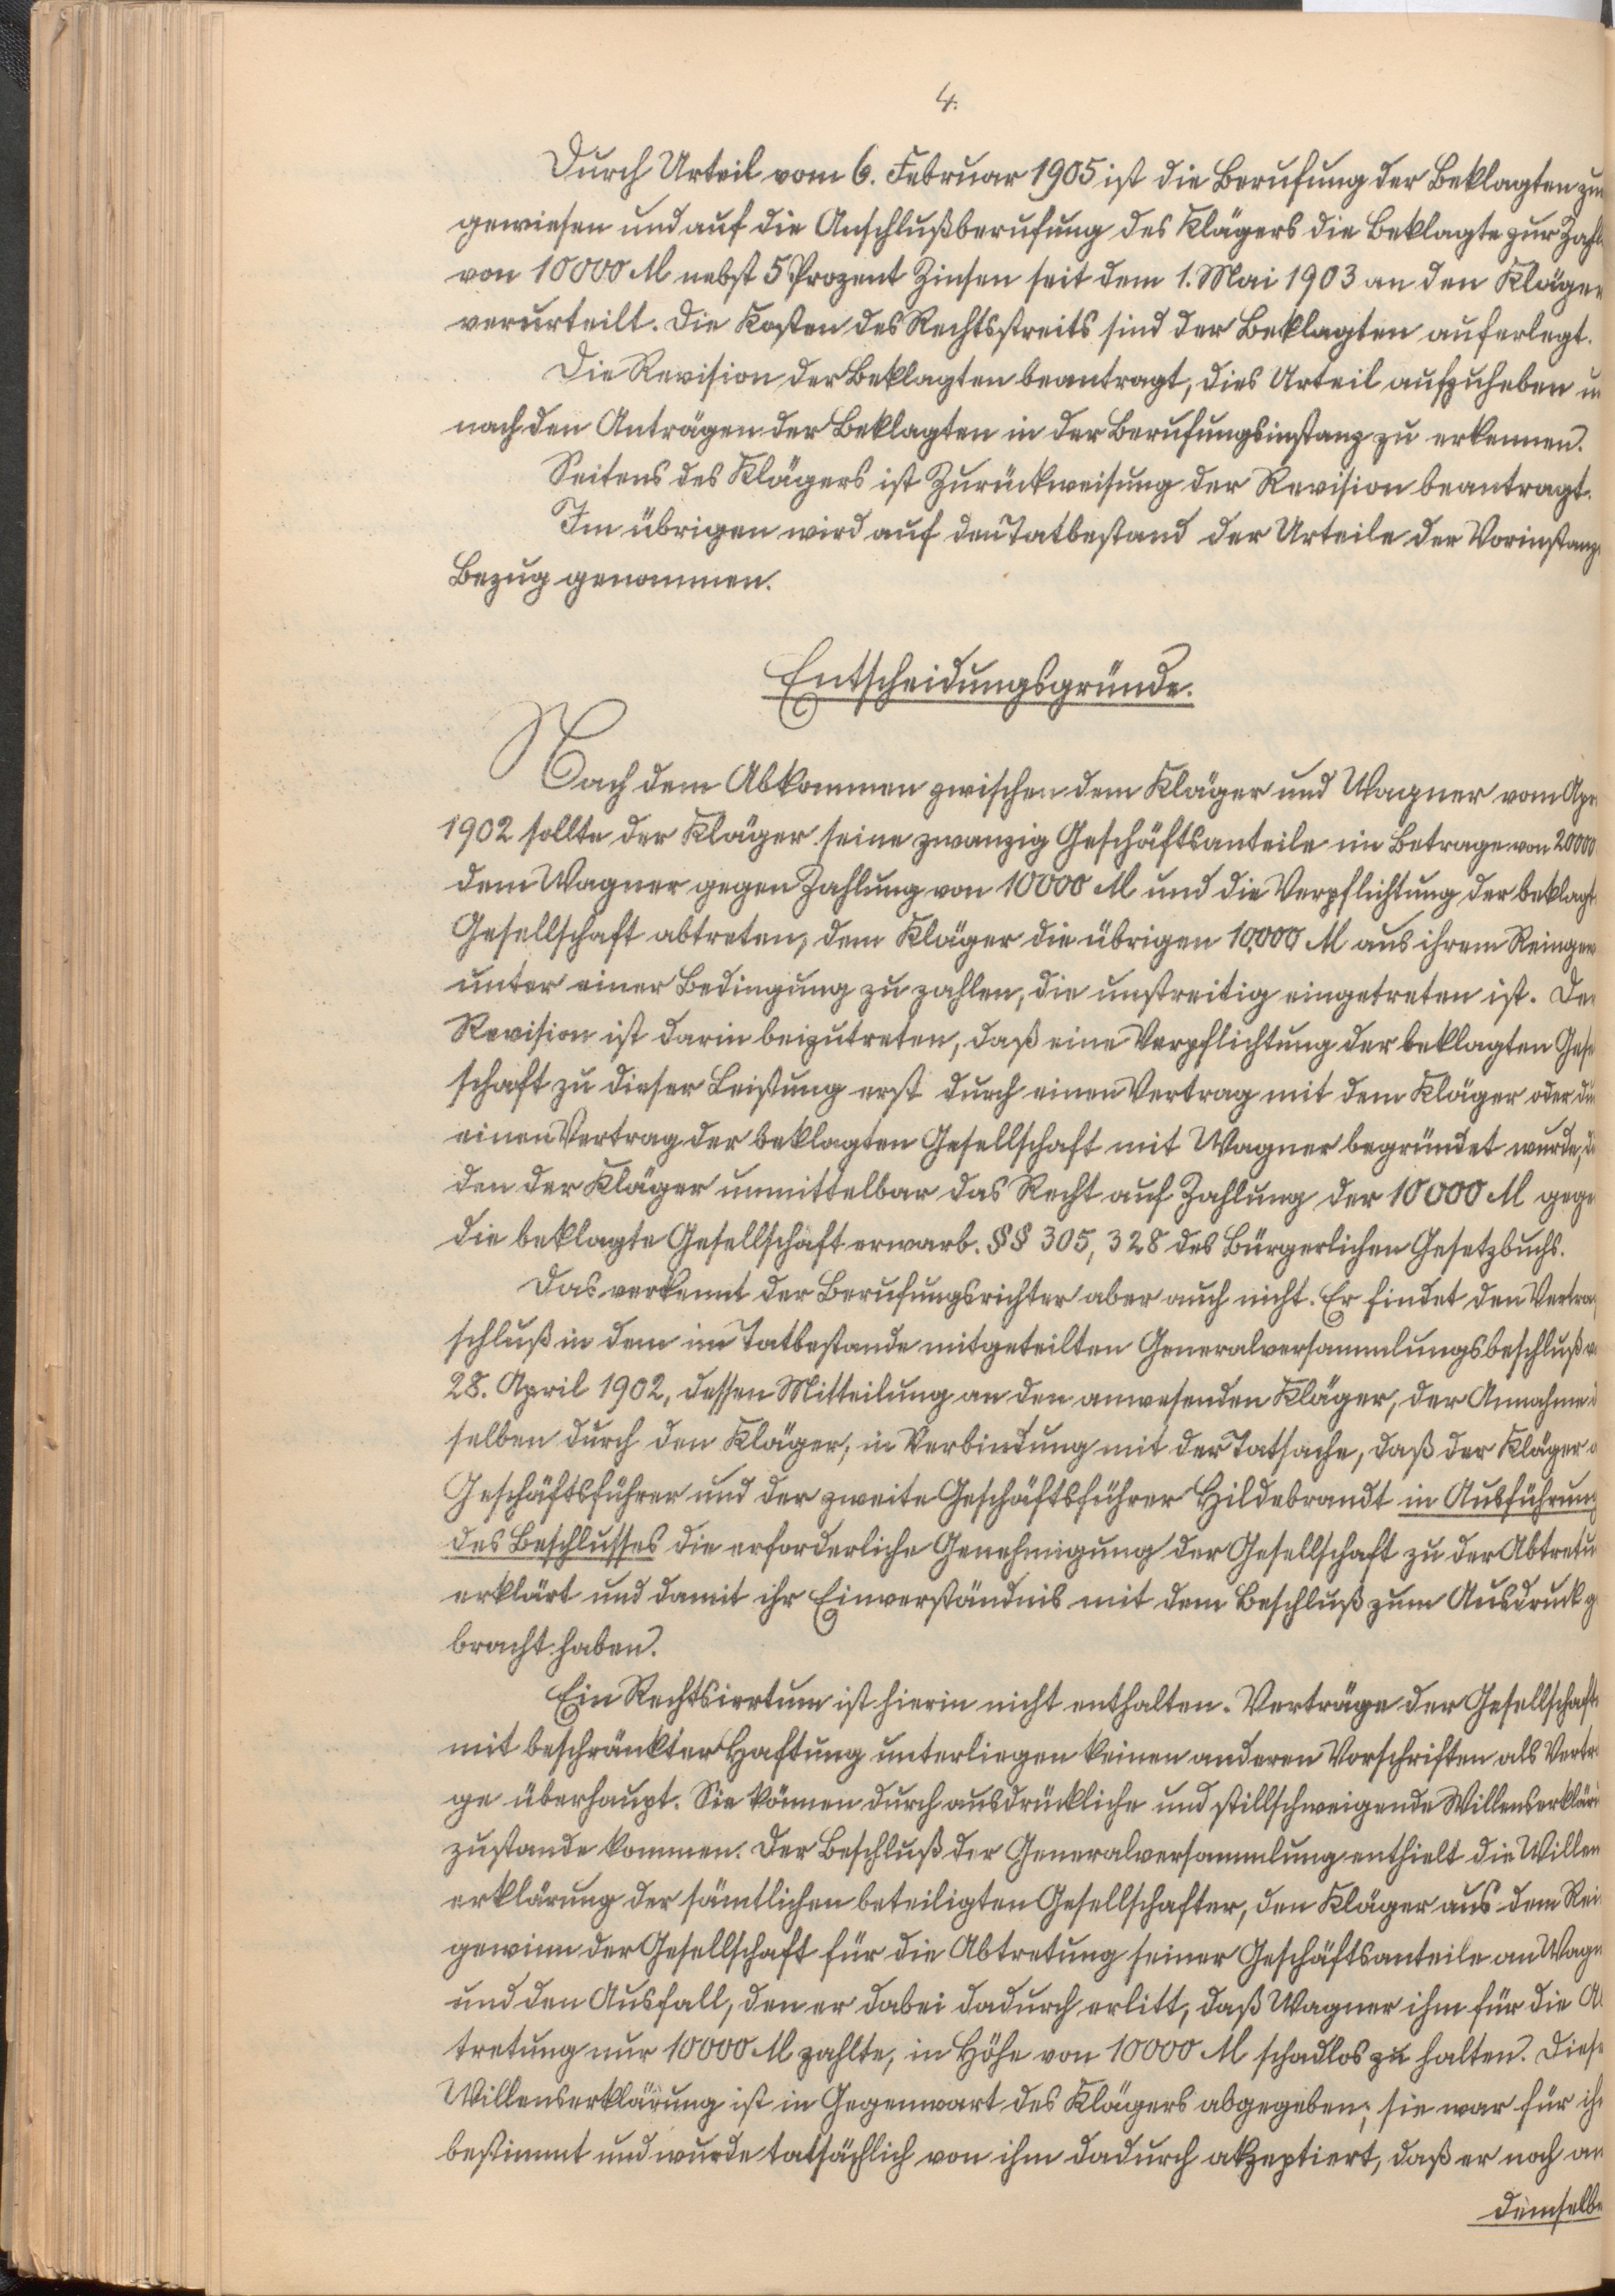
4.

Durch Urteil vom 6. Februar 1905 ist die Berufung der Beklagten zurück¬
gewiesen und auf die Anschlußberufung des Kläger die Beklagte zur Zahlung
von 10000 M nebst 5 Prozent Zinsen seit dem 1. Mai 1903 an den Kläger
verurteilt. Die Kosten des Rechtsstreits sind der Beklagten auferlegt.
Die Revision der Beklagten beantragt, dies Urteil aufzuheben und
nach den Anträgen der Beklagten in der Berufungsinstanz zu erkennen.
Seitens des Klägers ist Zurückweisung der Revision beantragt.
Im übrigen wird auf den Tatbestand der Urteile der Vorinstanzen
Bezug genommen.

Entscheidungsgründe.
Nach dem Abkommen zwischen dem Kläger und W. vom April
1902 sollte der Kläger seine zwanzig Geschäftsanteile im Betrag von 20000 M
dem Wagner gegen Zahlung von 10000 M und die Verpflichtung der beklagten
Gesellschaft abtreten, dem Kläger die übrigen 10000 M aus ihrem Reingewinn
unter einer Bedingung zu zahlen, die unstreitig eingetreten ist. Der
Revision ist darin beizutreten, daß eine Verpflichtung der beklagten Gesell¬
schaft zu dieser Leistung erst durch einen Vertrag mit dem Kläger oder durch
einen Vertrag der beklagten Gesellschaft mit W. begründet wurde, durch
den der Kläger unmittelbar das Recht auf Zahlung der 10000 M gegen
die beklagte Gesellschaft erwarb. §§ 305, 328 des Bürgerlichen Gesetzbuchs.
Das verkennt der Berufungsrichter aber auch nicht. Er findet den Vertrags¬
schluß in den dem im Tatbestande mitgeteilten Generalversammlungsbeschluß vom
28. April 1902, dessen Mitteilung an den anwesenden Kläger, der Annahme des¬
selben durch den Kläger, in Verbindung mit der Tatsache, daß der Kläger
als Geschäftsführer und der zweite Geschäftsführer H. in Ausführung
des Beschlusses die erforderliche Genehmigung der Gesellschaft zu der Abtretung
erklärt und damit ihr Einverständnis mit dem Beschluß zum Ausdruck ge¬
bracht haben.
Ein Rechtsirrtum ist hierin nicht enthalten. Verträge der Gesellschaft
mit beschränkter Haftung unterliegen keinen anderen Vorschriften als Verträ¬
ge überhaupt. Sie können durch ausdrückliche und stillschweigende Willenserklärung
zustande kommen. Der Beschluß der Generalversammlung enthielt die Willens¬
erkärung der sämtlichen beteiligten Gesellschafter, den Kläger aus dem Rein¬
gewinn der Gesellschaft für die Abtretung seiner Geschäftsanteile an W.
und den Ausfall, den er dabei dadurch erlitt, daß W. ihm für die Ab¬
tretung nur 10000 M zahlte, in Höhe von 10000 M schadlos zu halten. Diese
Willenserklärung ist in Gegenwart des Klägers abgegeben, sie war für ihn
bestimmt und wurde tatsächlich von ihm dadurch akzeptiert, daß er noch an
demselben